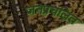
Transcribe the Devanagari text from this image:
जनप्रचलित